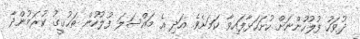
ދުވަހު ފުލުހުންނަށް ހުށަހަޅާފައިވާ ކަމަށެވެ. އަދި އެ މައްސަލަ ފުލުހުން ތަޙުޤީޤު ކުރަމުންދާ